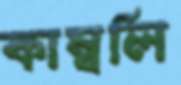
কাম্বলি